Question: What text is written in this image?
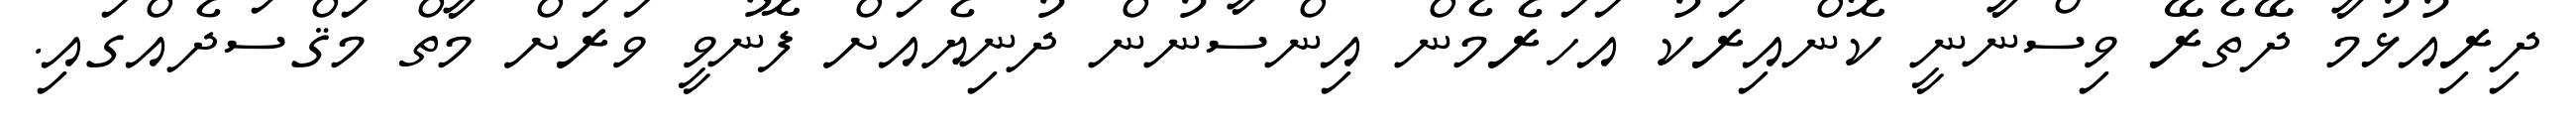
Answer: ދިރިއުޅުމާ ދޭތެރޭ ވިސްނާނީ ކޮންއިރަކު އަހަރެމެން އިންސާނުން ދުނިޔެއަށް ފޮނުވީ ވަރަށް މާތް މަޤްސަދެއްގައި.